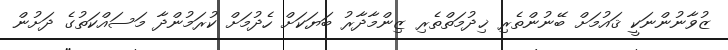
ޒުވާނުންނަކީ ޤައުމަށް ބޭނުންތެރި ޚިދުމަތްތެރި ޒިންމާދާރު ބަޔަކަށް ހެދުމަށް ކުރަމުންދާ މަސައްކަތުގެ ދަށުން